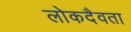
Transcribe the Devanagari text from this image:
लोकदैवता